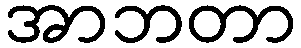
အာဘတာ